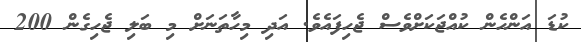
ކުޑަ އަންހެން ކުއްޖަކަށްވެސް ޖެހިފައެވެ. އަދި މިހާތަނަށް މި ބަލި ޖެހިގެން 200